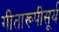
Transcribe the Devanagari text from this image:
गीतारूपीसूर्य